Report of the Lahore Medical School Hospital
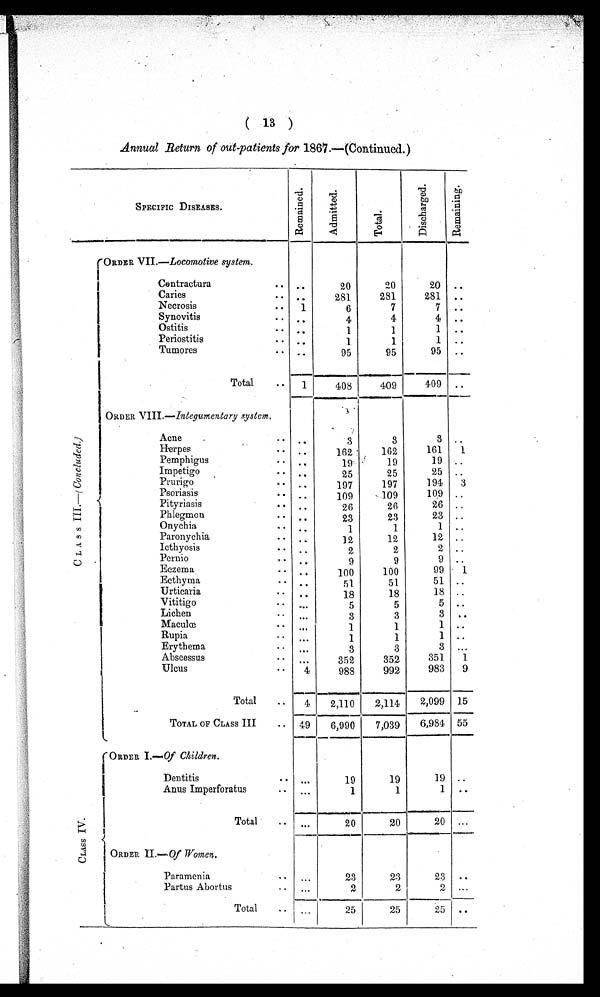
(13)
Annual Return of out-patients for 1867.—(Continued.)
SPECIFIC DISEASES.
R e m a i n e d .
A d m i t t e d .
T o t a l .
D i s c h a r g e d .
R e m a i n i n g .
C L A S S I I I . — ( C o n c l u d e d . )
(ORDER VII.—Locomotive system.
Ce n t r a c t u r a . . .
. . .
20
20
20
. . .
Caries . . .
. . .
281
281
281
. . .
Necrosis . . .
1
6
7
7
. . .
Synovitis . . .
. . .
4
4
4
. . .
Ostitis . . .
. . .
1
1
1
. . .
Periostitis . . .
. . .
1
1
1
. . .
Tumores . . .
. . .
95
95
95
. . .
Total . . .
1
408
4 0 9
409
. . .
ORDER VIII .—Integumentary system.
Acne . . .
. . .
3 3
3
. . .
Herpes . . .
. . .
162
162
161
1
Pemphigus . . .
. . .
19
19
1 9
. . .
Impetigo . . .
. . .
25
25
25
. . .
Prurigo
. . .
. . .
1 9 7
197
194
3
Psoriasis . . .
. . .
109
109
109
. . .
Pityriasis . . .
. . .
26
26
26
. . .
P h l e g m o n . . .
. . .
23
23
23
. . .
Onychia
. . .
. . .
1
1
1
. . .
Paronychia . . .
. . .
12
12
1 2
. . .
I c t h y o s i s . . .
. . .
2
2
2
. . .
Pernio . . .
. . .
9
9
9
. . .
Eczema . . .
. . .
100
100
99
1
Ecthyma . . .
. . .
51
51
51
. . .
Urticaria . . .
. . .
18
18
18
. . .
Vititigo . . .
. . .
5
5
5
. . .
Lichen . . .
. . .
3
3
3
. . .
M a c u l œ . . .
. . .
1
1
1
. . .
Rupia . . .
. . .
1
1
1
. . .
Erythema . . .
. . .
3
3
3
. . .
Abscessus . . .
. . .
352
352
351
1
Ulcus . . .
4
988
992
983
9
Total
. . .
4
2,110
2,114
2,099
15
TOTAL OF CLASS II
I . . .
49
6,990
7,039
6,984
55
C L A S S I V .
ORDER I.— Of Children.
D e n t i t i s . . .
. . .
19
19
19
. . .
Anus Imperforatus . . .
. . .
1
1
1
. . .
Total
. . .
. . .
20
20
20
. . .
ORDER II.— Of Women.
P a r a m e n i a . . .
. . .
23
23
23
. . .
Partus Abortus . . .
. . .
2
2
2
. . .
Total
. . .
. . .
2 5
25
2 5
. . .